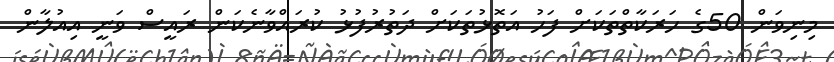
މިނިވަން 50ގެ ހަރަކާތްތަކަށް ފަހު އަތޮޅުތަކަށް ދަތުރުފުޅު ކުރައްވާނެކަން ރައީސް ވަނީ އިއުލާން